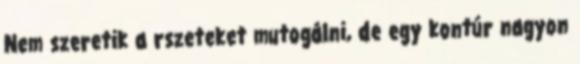
Nem szeretik a rszeteket mutogálni, de egy kontúr nagyon